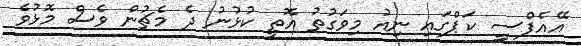
އޭއެފްސީ ކަޕްގައި ނިއު މިވަގުތު އޮތީ ކުޅުނު ދެ މެޗުން ވެސް މޮޅުވެ